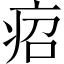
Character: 𤵪